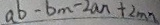
a b - b m - 2 a n + 2 m n